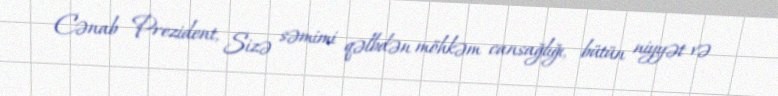
Cənab Prezident, Sizə səmimi qəlbdən möhkəm cansağlığı, bütün niyyət və